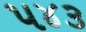
૫૪૩